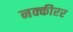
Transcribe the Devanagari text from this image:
नक्कीरर